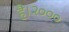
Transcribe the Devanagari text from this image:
है।२०००